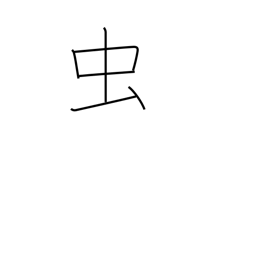
Meaning: bug